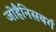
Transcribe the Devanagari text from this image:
जोहैनिसबर्ग